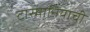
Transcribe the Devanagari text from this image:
टास्मानियाची